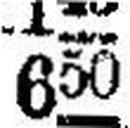
650